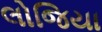
લોજિયા